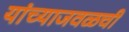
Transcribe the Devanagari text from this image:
यांच्याजवळची